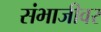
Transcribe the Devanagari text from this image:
संभाजीवर